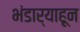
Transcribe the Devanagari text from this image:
भंडार्‍याहून